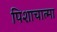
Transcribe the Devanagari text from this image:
पिशाचात्मा